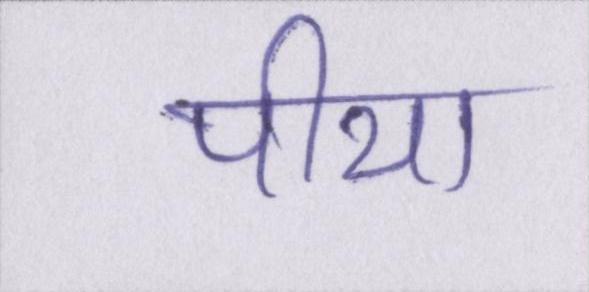
पीया